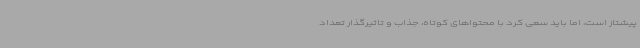
پیشتاز است، اما باید سعی کرد با محتواهای کوتاه، جذاب و تاثیرگذار تعداد